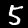
Digit: 5